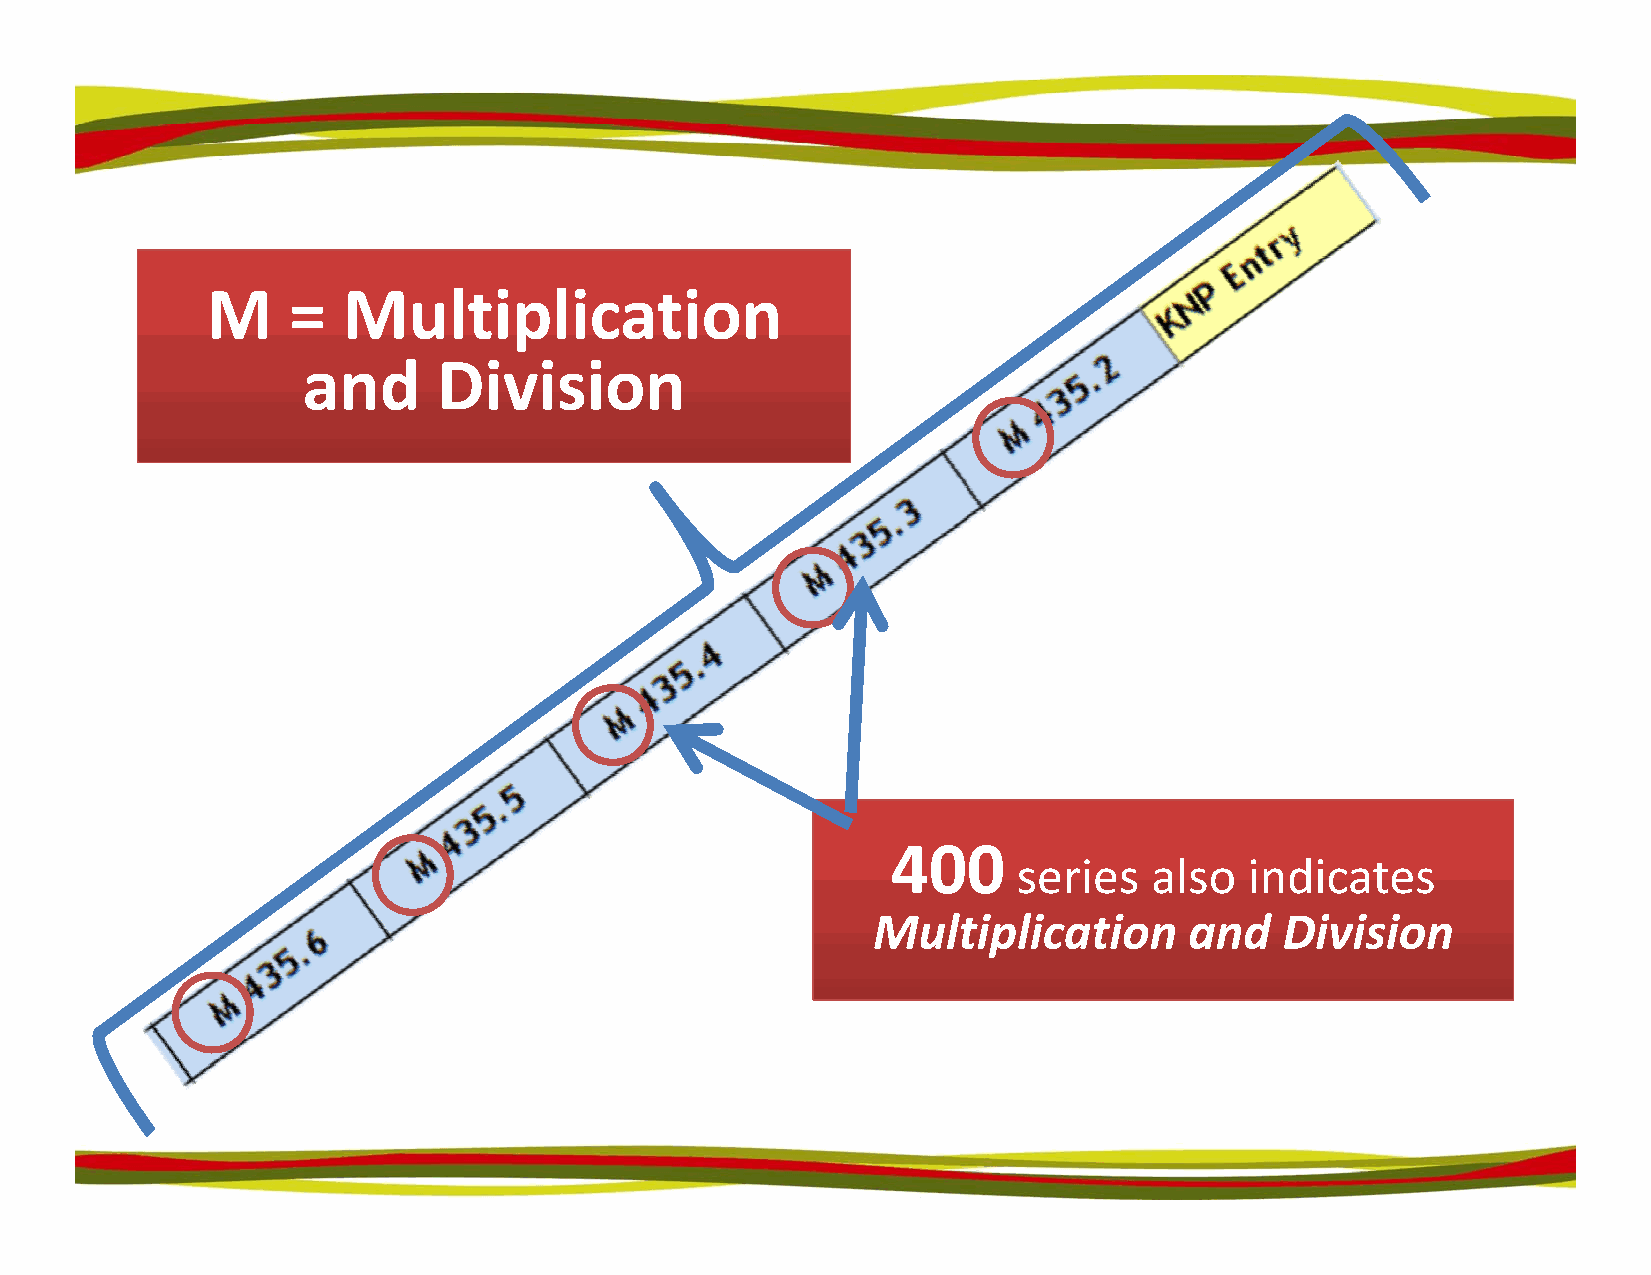
M    =   Multiplication
 aanndd   DDiivviissiioonn
 440000
 sseerriieess aallssoo iinnddiiccaatteess
 Multiplication       and   Division